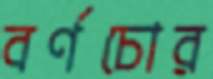
বর্ণচোর